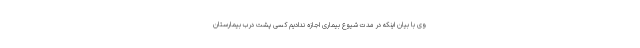
وی با بیان اینکه در مدت شیوع بیماری اجازه ندادیم کسی پشت درب بیمارستان